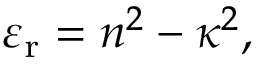
\varepsilon _ { \mathrm { r } } = n ^ { 2 } - \kappa ^ { 2 } ,